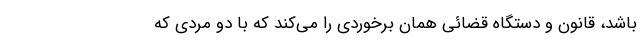
باشد، قانون و دستگاه قضائی همان برخوردی را می‌کند که با دو مردی که